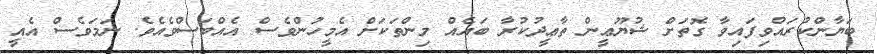
ބަޔާންކުރައްވިފައިވާ ގޮތަށް ޝުޔޫޢީން ތާޢީދުކުރާ ބައެއް މިންތަކަށް އެމީހުންވެސް އެއްބަސްވެއެވެ. ނަމަވެސް އެއީ